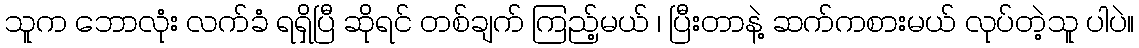
သူက ဘောလုံး လက်ခံ ရရှိပြီ ဆိုရင် တစ်ချက် ကြည့်မယ် ၊ ပြီးတာနဲ့ ဆက်ကစားမယ် လုပ်တဲ့သူ ပါပဲ။